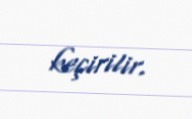
keçirilir.